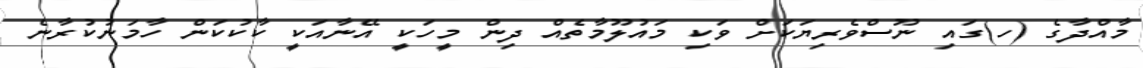
މާއްދާގެ (ހ)ގައި ނޫސްވެރިޔަކަށް ވަކި މައުލޫމާތެއް ދިން މީހަކީ އޭނާއަކީ ކާކުކަން ހާމަނުކުރާނެ